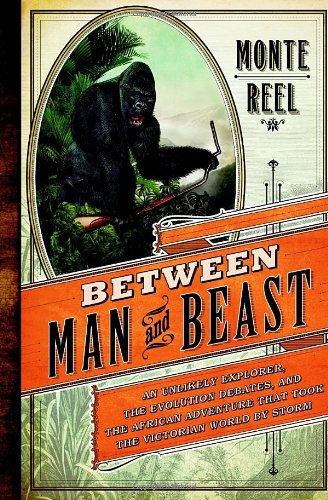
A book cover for Between Man and Beast: An Unlikely Explorer, the Evolution Debates, and the African Adventure that Took the Victorian World by Storm; Monte Reel; Travel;